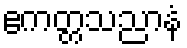
ဧကတ္တသညာနံ